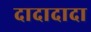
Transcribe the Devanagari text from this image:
दादादादा